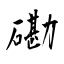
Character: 磡